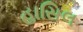
હાસિલ